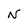
Character: N